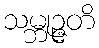
သမ္ဘုဉ္ဇတိ